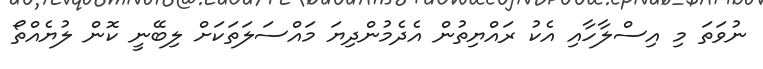
ނުވަތަ މި އިސްލާހާއި އެކު ރައްޔިތުން އެދެމުންދިޔަ މައްސަލަތަކަށް ލިބޭނީ ކޮން ލުޔެއްތޯ